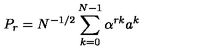
P _ { r } = N ^ { - 1 / 2 } \sum _ { k = 0 } ^ { N - 1 } \alpha ^ { r k } a ^ { k }